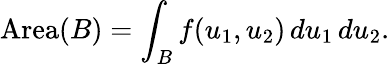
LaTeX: \operatorname{Area}(B)=\int_{B}f(u_{1},u_{2})\, du_{1}\, du_{2}.